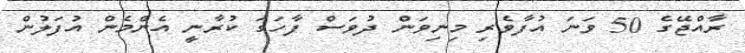
ރާއްޖޭގެ 50 ވަނަ އުފާވެރި މިނިވަން ދުވަސް ފާހަގަ ކުރާނީ އެންމެން އުފަލުން